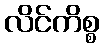
လိင်ကိစ္စ